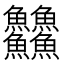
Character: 䲜